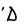
Character: D